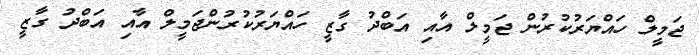
ޖަމީލް ހައްޔަރުކުރުން ޖަމީލް އާއި އަބްދު ގާޒީ ހައްޔަރުކުރުންޖަމީލް އާއި އަބްދު ގާޒީ